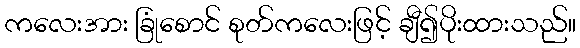
ကလေးအား ခြုံစောင် စုတ်ကလေးဖြင့် ချီ၍ပိုးထားသည်။